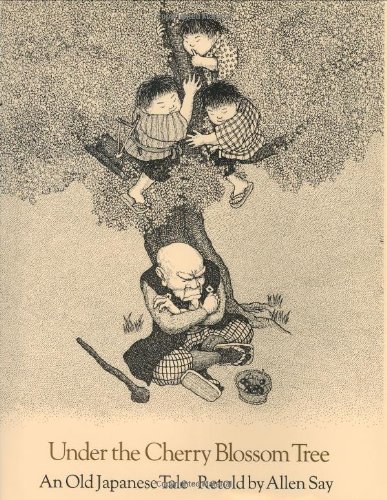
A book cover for Under the Cherry Blossom Tree: An Old Japanese Tale; Allen Say; Children's Books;